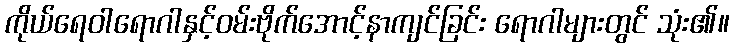
ကိုယ်ရေဝါရောဂါနှင့်ဝမ်းဗိုက်အောင့်နာကျင်ခြင်း ရောဂါများတွင် သုံး၏။